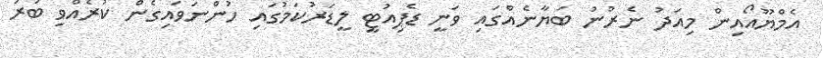
އެމްޔޫއޯއިން މިއަދު ނެރުނު ބަޔާނެއްގައި ވަނީ ޑެޕިއުޓީ ލީޑަރުކަމުގައި ހުންނަވައިގެން ކުރެއްވި ބުރަ